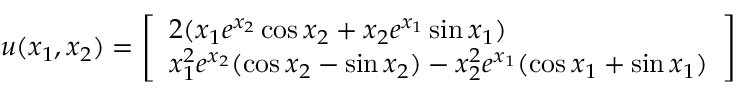
\begin{array} { r } { \boldsymbol { u } ( x _ { 1 } , x _ { 2 } ) = \left[ \begin{array} { l } { 2 ( x _ { 1 } e ^ { x _ { 2 } } \cos x _ { 2 } + x _ { 2 } e ^ { x _ { 1 } } \sin x _ { 1 } ) } \\ { x _ { 1 } ^ { 2 } e ^ { x _ { 2 } } ( \cos x _ { 2 } - \sin x _ { 2 } ) - x _ { 2 } ^ { 2 } e ^ { x _ { 1 } } ( \cos x _ { 1 } + \sin x _ { 1 } ) } \end{array} \right] } \end{array}